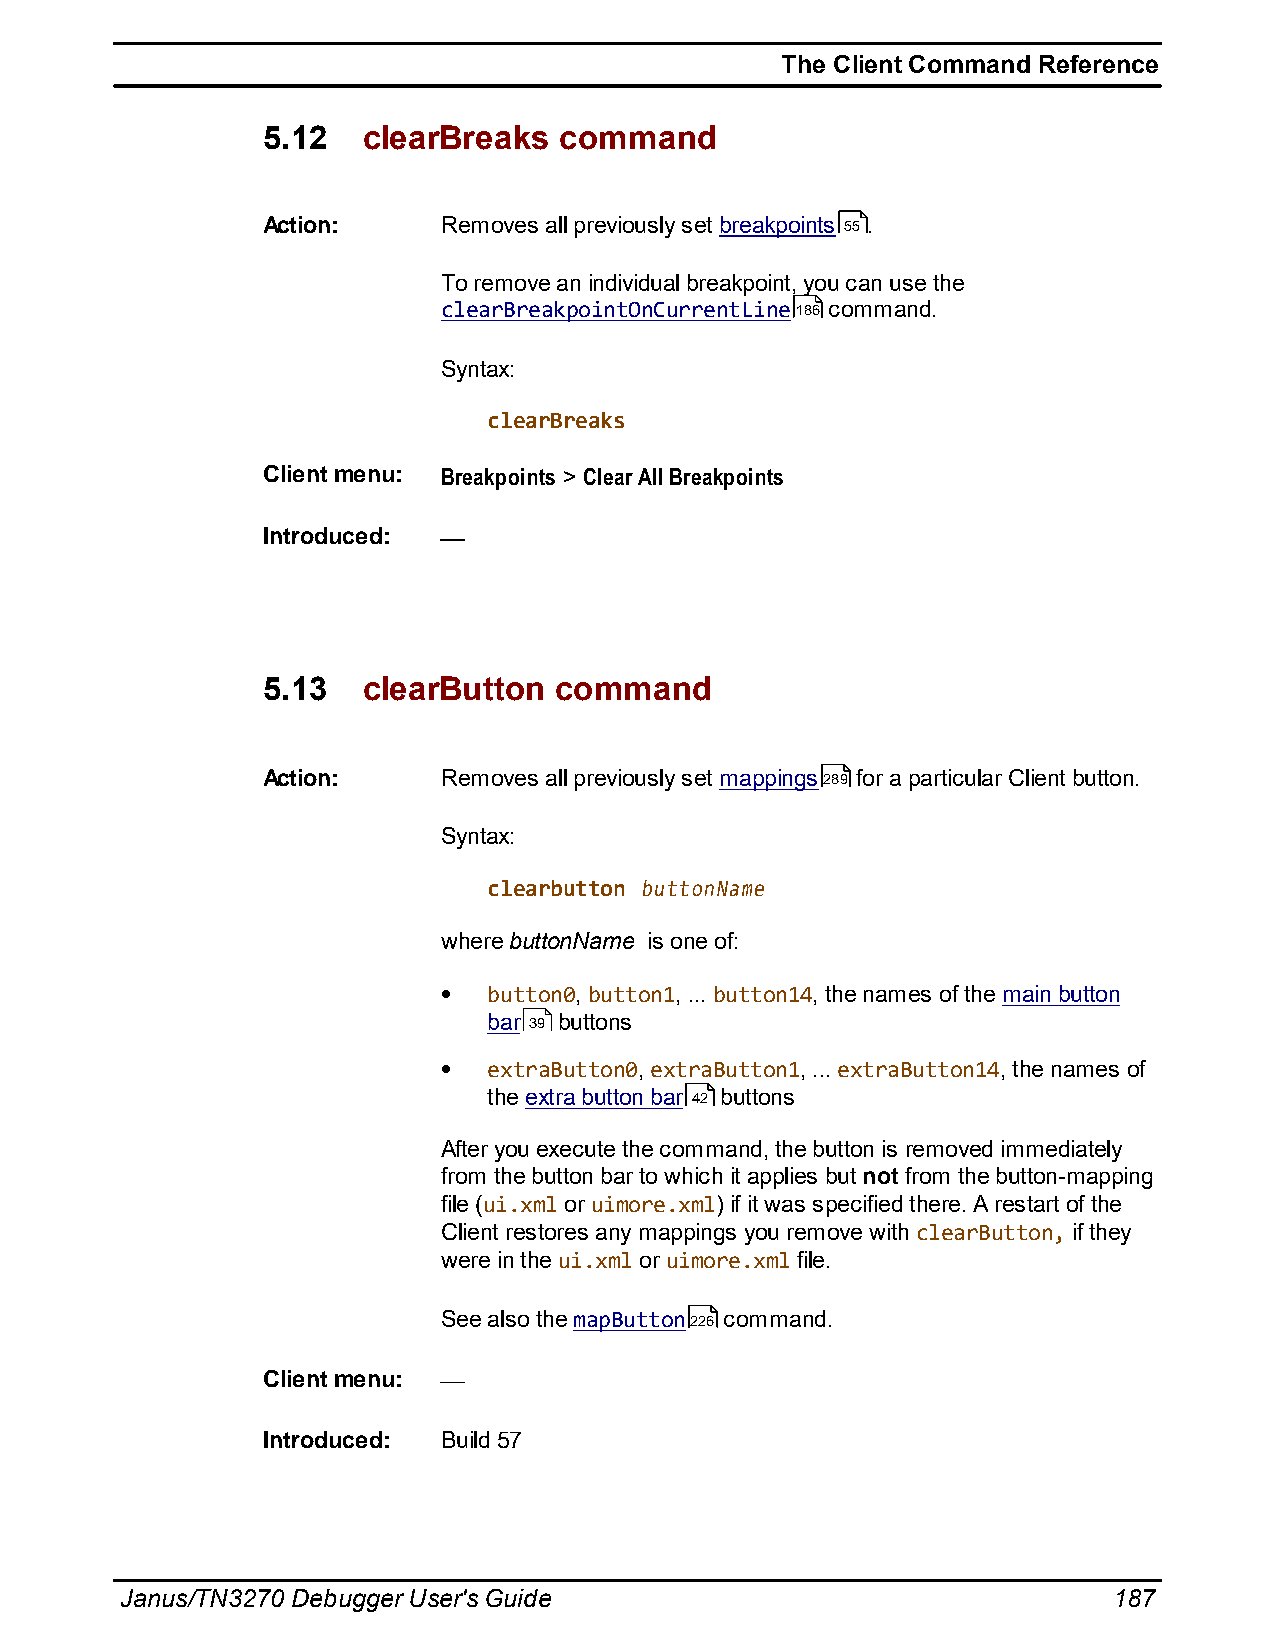
The Client Command Reference
 5.12   clearBreaks  command
 Action:     Removes all previously set breakpoints 55 .
 To remove an individual breakpoint, you can use the
 clearBreakpointOnCurrentLine186 command.
 Syntax:
 clearBreaks
 Client menu: Breakpoints > Clear All Breakpoints
 Introduced:
 5.13   clearButton  command
 Action:     Removes all previously set mappings289 for a particular Client button.
 Syntax:
 clearbutton buttonName
 where buttonName is one of:
 button0, button1, ... button14, the names of the main button
 bar 39 buttons
 extraButton0, extraButton1, ... extraButton14, the names of
 the extra button bar 42 buttons
 After you execute the command, the button is removed immediately
 from the button bar to which it applies but not from the button-mapping
 file (ui.xml or uimore.xml) if it was specified there. A restart of the
 Client restores any mappings you remove with clearButton, if they
 were in the ui.xml or uimore.xml file.
 See also the mapButton226 command.
 Client menu:
 Introduced: Build 57
 Janus/TN3270 Debugger User's Guide                                187